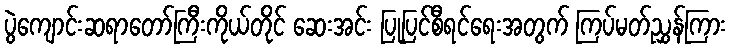
ပွဲကျောင်းဆရာတော်ကြီးကိုယ်တိုင် ဆေးအင်း ပြုပြင်စီရင်ရေးအတွက် ကြပ်မတ်ညွှန်ကြား